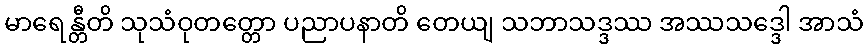
မာရေန္တီတိ သုသံဝုတတ္တော ပညာပနာတိ တေယျ သဘာသဒ္ဒဿ အဿသဒ္ဒေါ အာသံ